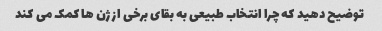
توضیح دهید که چرا انتخاب طبیعی به بقای برخی از ژن ها کمک می کند